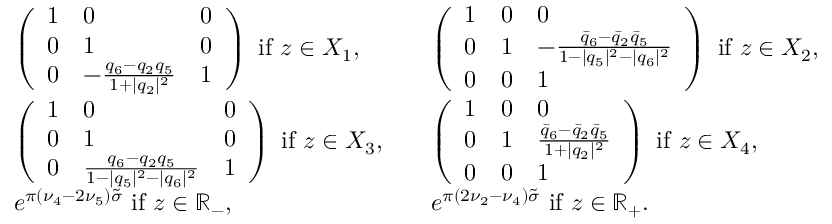
\begin{array} { r l r l } & { \left( \begin{array} { l l l } { 1 } & { 0 } & { 0 } \\ { 0 } & { 1 } & { 0 } \\ { 0 } & { - \frac { q _ { 6 } - q _ { 2 } q _ { 5 } } { 1 + | q _ { 2 } | ^ { 2 } } } & { 1 } \end{array} \right) \mathrm { ~ i f ~ } z \in X _ { 1 } , } & & { \left( \begin{array} { l l l } { 1 } & { 0 } & { 0 } \\ { 0 } & { 1 } & { - \frac { \bar { q } _ { 6 } - \bar { q } _ { 2 } \bar { q } _ { 5 } } { 1 - | q _ { 5 } | ^ { 2 } - | q _ { 6 } | ^ { 2 } } } \\ { 0 } & { 0 } & { 1 } \end{array} \right) \mathrm { ~ i f ~ } z \in X _ { 2 } , } \\ & { \left( \begin{array} { l l l } { 1 } & { 0 } & { 0 } \\ { 0 } & { 1 } & { 0 } \\ { 0 } & { \frac { q _ { 6 } - q _ { 2 } q _ { 5 } } { 1 - | q _ { 5 } | ^ { 2 } - | q _ { 6 } | ^ { 2 } } } & { 1 } \end{array} \right) \mathrm { ~ i f ~ } z \in X _ { 3 } , } & & { \left( \begin{array} { l l l } { 1 } & { 0 } & { 0 } \\ { 0 } & { 1 } & { \frac { \bar { q } _ { 6 } - \bar { q } _ { 2 } \bar { q } _ { 5 } } { 1 + | q _ { 2 } | ^ { 2 } } } \\ { 0 } & { 0 } & { 1 } \end{array} \right) \mathrm { ~ i f ~ } z \in X _ { 4 } , } \\ & { e ^ { \pi ( \nu _ { 4 } - 2 \nu _ { 5 } ) \tilde { \sigma } } \mathrm { ~ i f ~ } z \in { \mathbb R } _ { - } , } & & { e ^ { \pi ( 2 \nu _ { 2 } - \nu _ { 4 } ) \tilde { \sigma } } \mathrm { ~ i f ~ } z \in { \mathbb R } _ { + } . } \end{array}